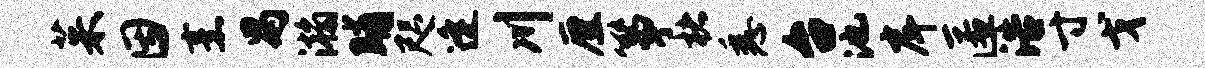
茱因烹舄瀚晡咫逄川厘筝楮悉台池戽匿浩寸戈